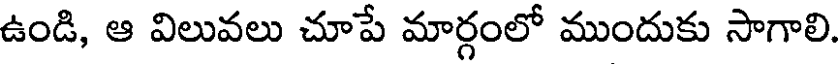
ఉండి, ఆ విలువలు చూపే మార్గంలో ముందుకు సాగాలి.